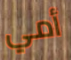
أمي